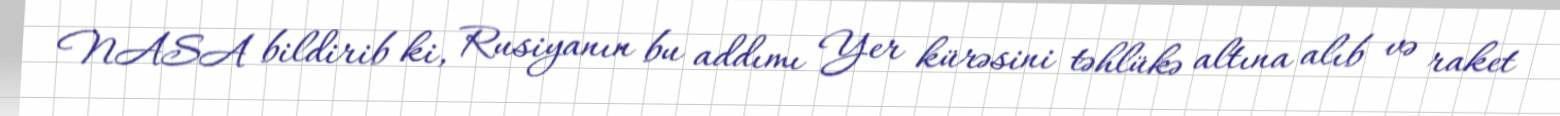
NASA bildirib ki, Rusiyanın bu addımı Yer kürəsini təhlükə altına alıb və raket